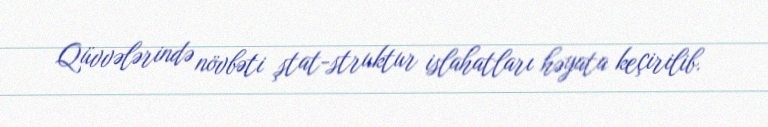
Qüvvələrində növbəti ştat-struktur islahatları həyata keçirilib.